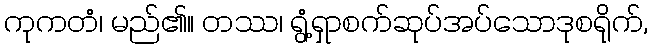
ကုကတံ၊ မည်၏။ တဿ၊ ရွံ့ရှာစက်ဆုပ်အပ်သောဒုစရိုက်,